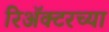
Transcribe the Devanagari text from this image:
रिॲक्टरच्या